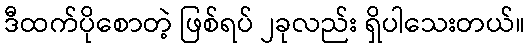
ဒီထက်ပိုစောတဲ့ ဖြစ်ရပ် ၂ခုလည်း ရှိပါသေးတယ်။